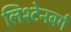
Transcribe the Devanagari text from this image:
लिश्टेनबर्ग